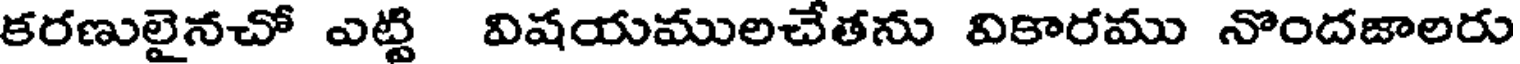
కరణులైనచో ఎట్టి విషయములచేతను వికారము నొందజాలరు